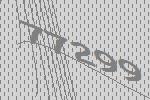
77299